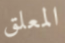
المعلق